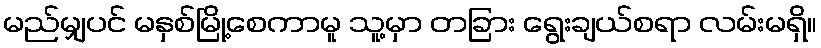
မည်မျှပင် မနှစ်မြို့စေကာမူ သူ့မှာ တခြား ရွေးချယ်စရာ လမ်းမရှိ။